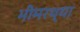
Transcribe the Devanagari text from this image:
भीमरथ्या